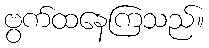
ဗွက်ထနေကြသည်။